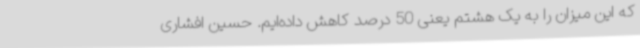
که این میزان را به یک هشتم یعنی 50 درصد کاهش داده‌ایم. حسین افشاری